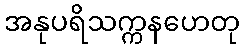
အနုပရိသက္ကနဟေတု